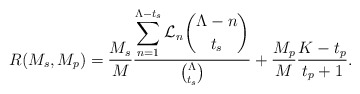
\begin{align*}\begin{aligned}R(M_s,M_p)& = \frac{M_s}{M}\frac{\displaystyle \sum_{n=1}^{\Lambda-t_s}\mathcal{L}_n \binom{\Lambda-n}{t_s}}{\binom{\Lambda}{t_s}} + \frac{M_p}{M} \frac{K-t_p}{t_p+1}.\end{aligned}\end{align*}